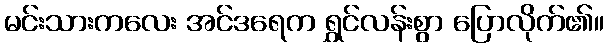
မင်းသားကလေး အင်ဒရေက ရွှင်လန်းစွာ ပြောလိုက်၏။